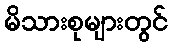
မိသားစုများတွင်